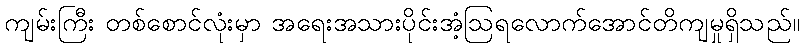
ကျမ်းကြီး တစ်စောင်လုံးမှာ အရေးအသားပိုင်းအံ့ဩရလောက်အောင်တိကျမှုရှိသည်။